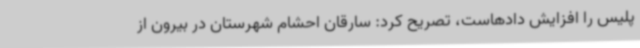
پلیس را افزایش دادهاست، تصریح کرد: سارقان احشام شهرستان در بیرون از